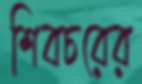
শিবচরের